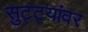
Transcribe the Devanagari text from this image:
सुट्ट्यांवर